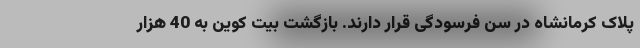
پلاک کرمانشاه در سن فرسودگی قرار دارند. بازگشت بیت کوین به 40 هزار